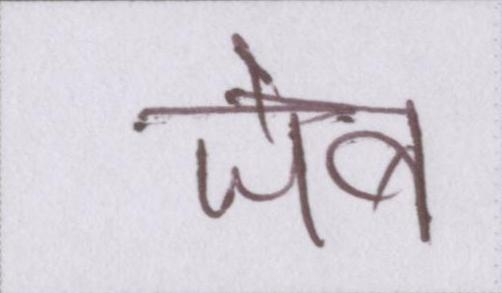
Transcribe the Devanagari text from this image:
जेब